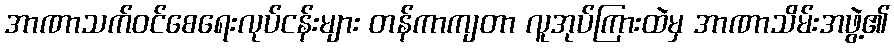
အာဏာသက်ဝင်စေရေးလုပ်ငန်းများ တန်ကာကျတာ လူအုပ်ကြားထဲမှ အာဏာသိမ်းအဖွဲ့၏